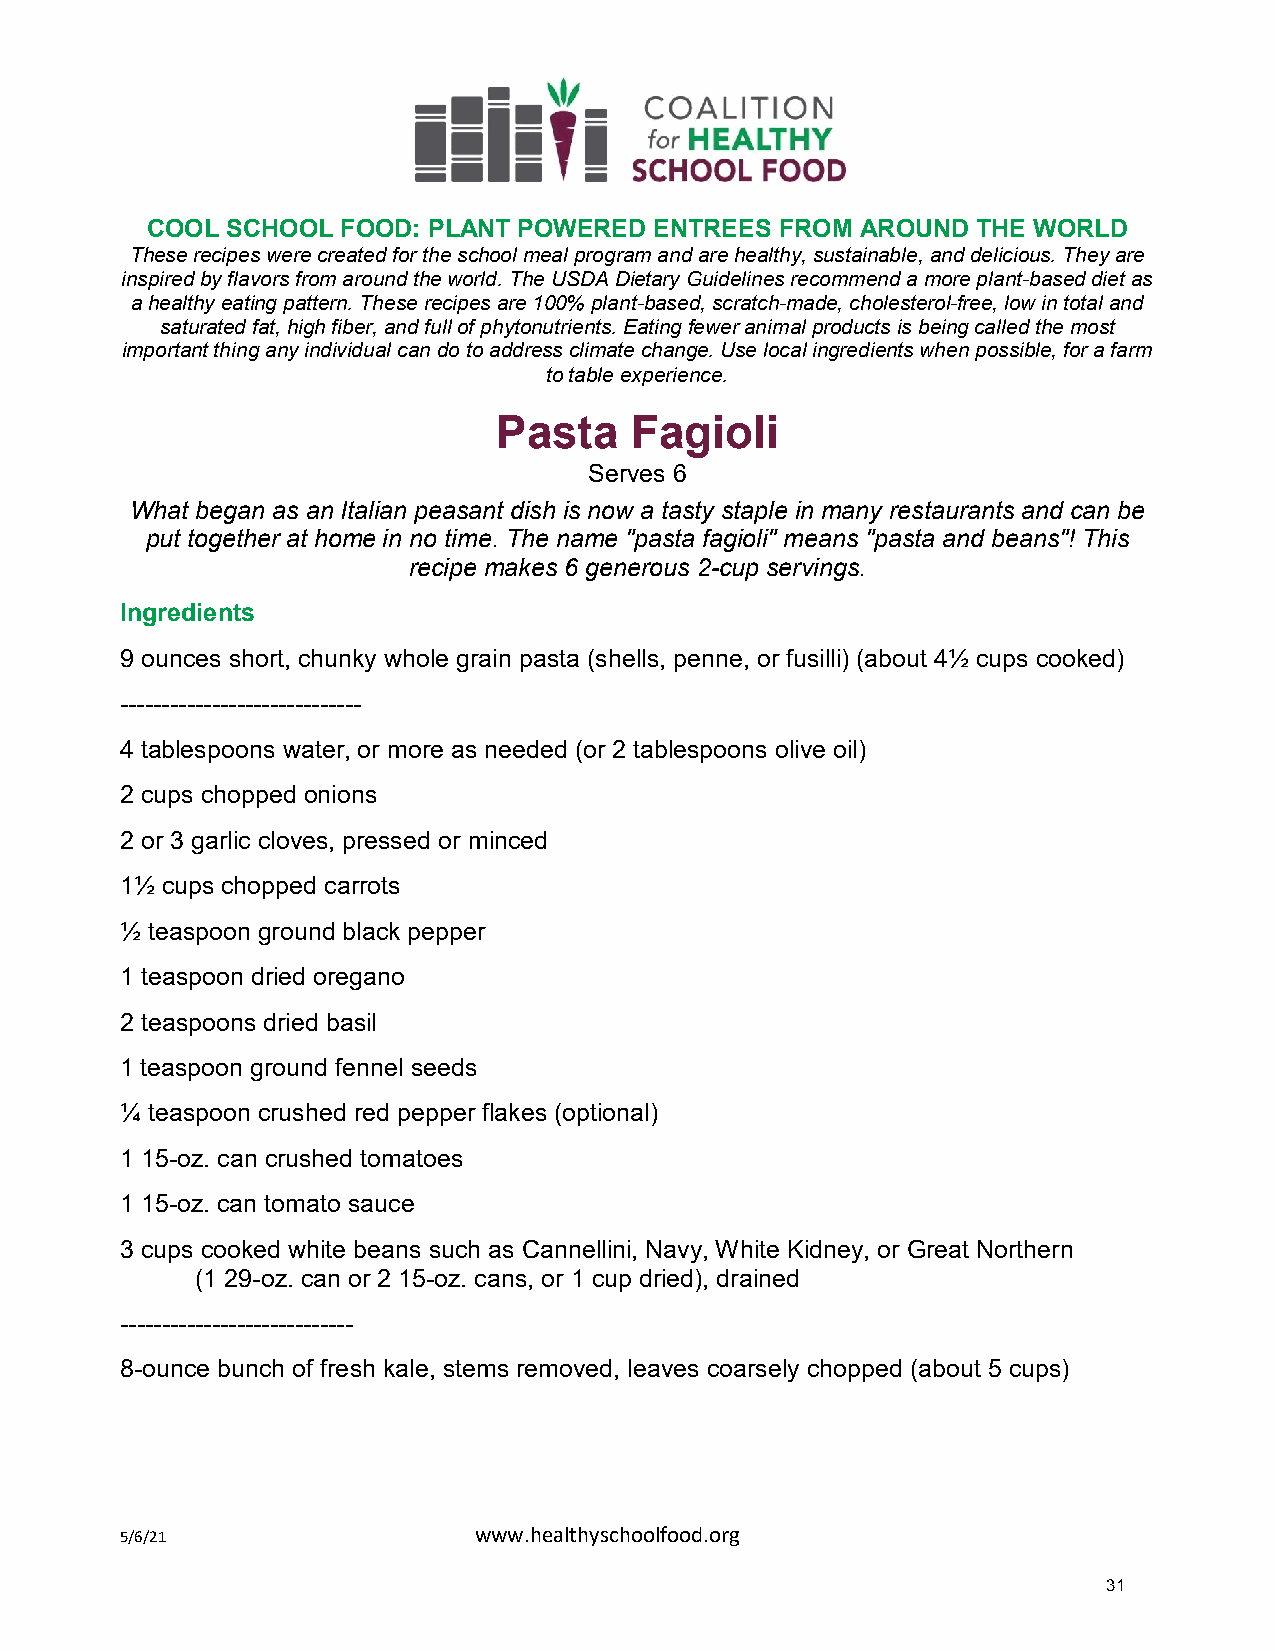
COOL SCHOOL  FOOD: PLANT POWERED ENTREES  FROM AROUND  THE WORLD
 These recipes were created for the school meal program and are healthy, sustainable, and delicious. They are
 inspired by flavors from around the world. The USDA Dietary Guidelines recommend a more plant-based diet as
 a healthy eating pattern. These recipes are 100% plant-based, scratch-made, cholesterol-free, low in total and
 saturated fat, high fiber, and full of phytonutrients. Eating fewer animal products is being called the most
 important thing any individual can do to address climate change. Use local ingredients when possible, for a farm
 to table experience.
 Pasta    Fagioli
 Serves 6
 What began as an Italian peasant dish is now a tasty staple in many restaurants and can be
 put together at home in no time. The name "pasta fagioli" means "pasta and beans"! This
 recipe makes 6 generous 2-cup servings.
 Ingredients
 9 ounces short, chunky whole grain pasta (shells, penne, or fusilli) (about 4½ cups cooked)
 -----------------------------
 4 tablespoons water, or more as needed (or 2 tablespoons olive oil)
 2 cups chopped onions
 2 or 3 garlic cloves, pressed or minced
 1½ cups chopped carrots
 ½ teaspoon ground black pepper
 1 teaspoon dried oregano
 2 teaspoons dried basil
 1 teaspoon ground fennel seeds
 ¼ teaspoon crushed red pepper flakes (optional)
 1 15-oz. can crushed tomatoes
 1 15-oz. can tomato sauce
 3 cups cooked white beans such as Cannellini, Navy, White Kidney, or Great Northern
 (1 29-oz. can or 2 15-oz. cans, or 1 cup dried), drained
 ----------------------------
 8-ounce bunch of fresh kale, stems removed, leaves coarsely chopped (about 5 cups)
 5/6/21                 www.healthyschoolfood.org
 31